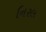
નિરલ